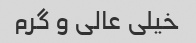
خیلی عالی و گرم